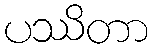
ပဿိတာ